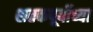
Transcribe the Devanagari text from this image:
शतकपूर्वीच्या